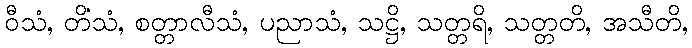
ဝီသံ, တိံသံ, စတ္တာလီသံ, ပညာသံ, သဋ္ဌိ, သတ္တရိ, သတ္တတိ, အသီတိ,